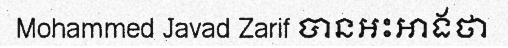
Mohammed Javad Zarif បានអះអាងថា